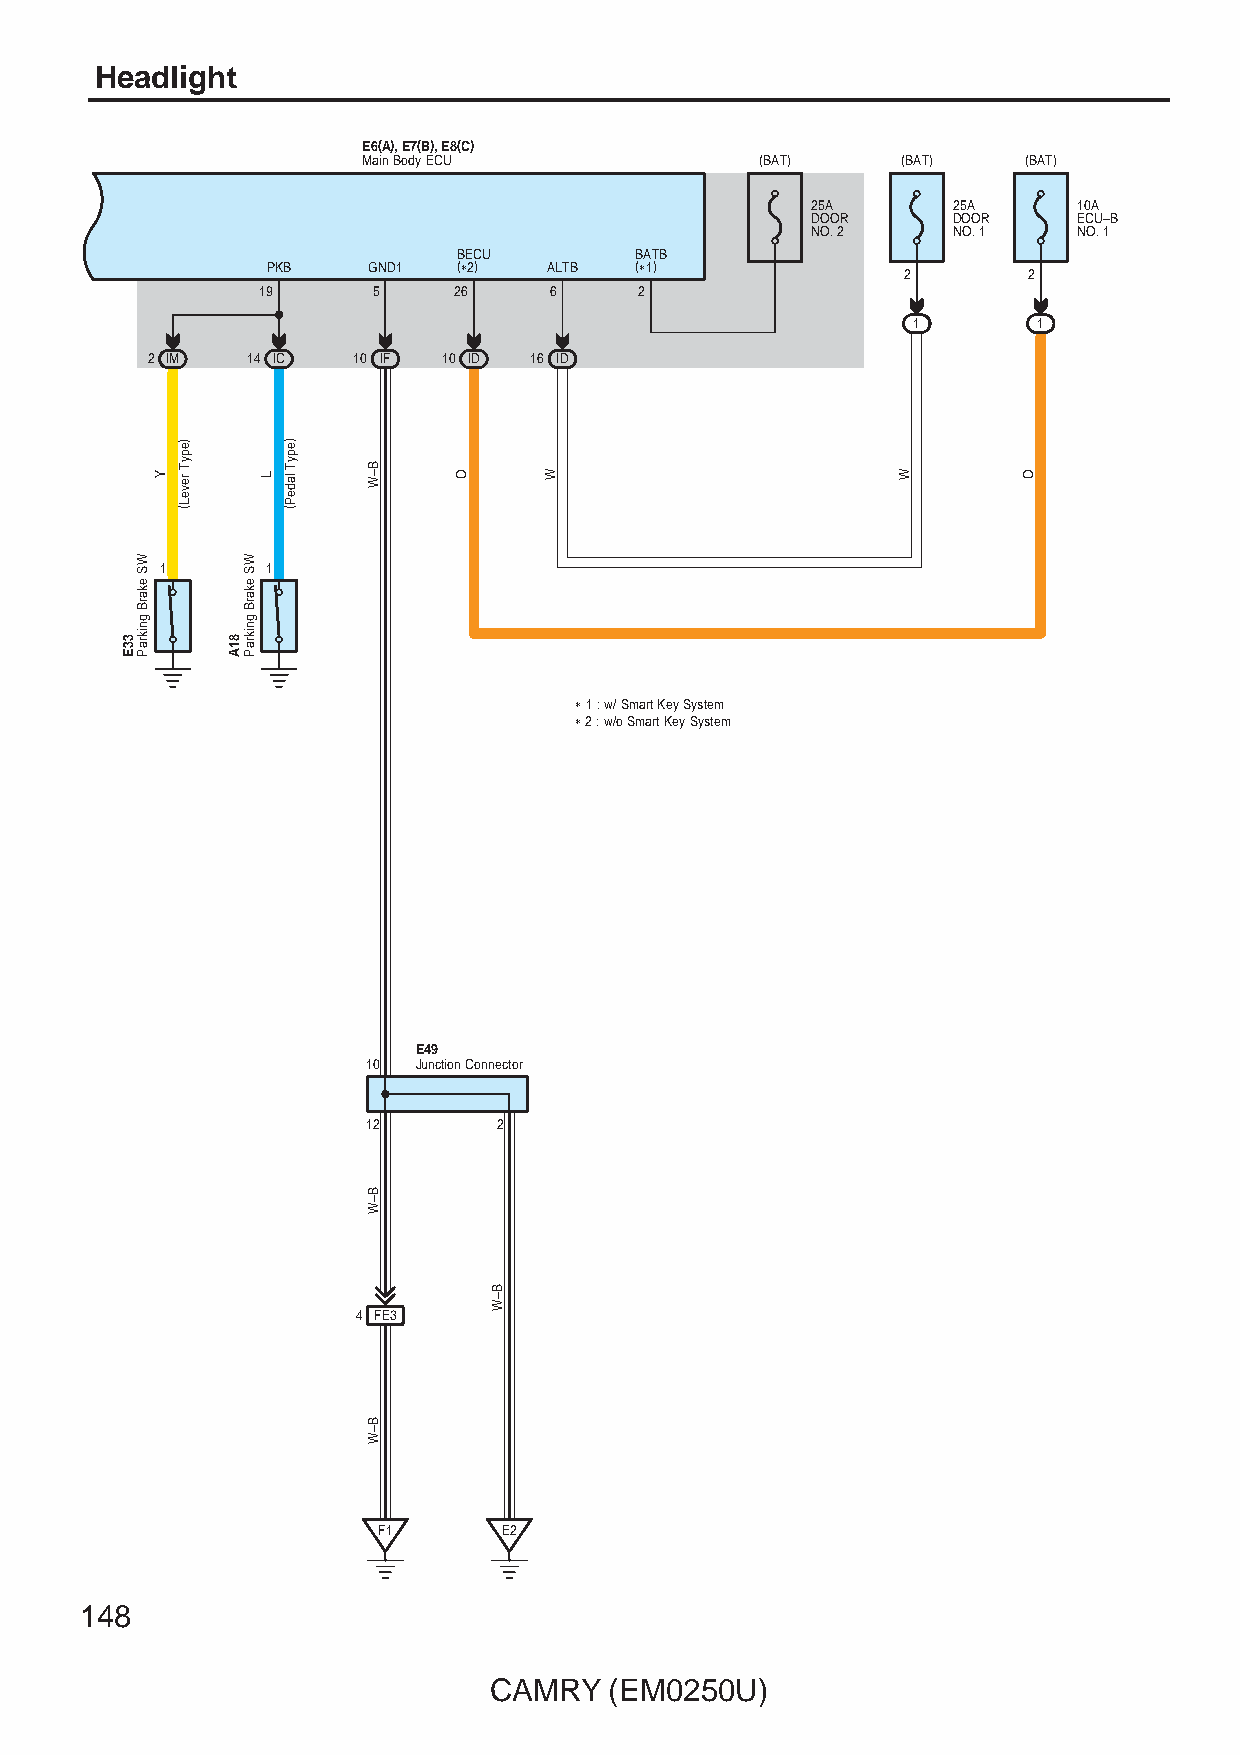
Headlight
 E6(A), E7(B), E8(C)
 Main Body ECU             (BAT)     (BAT)   (BAT)
 25A      25A     10A
 DOOR     DOOR    ECU–B
 NO. 2    NO. 1   NO. 1
 BECU        BATB
 PKB   GND1  (∗2)  ALTB  (∗1)
 2       2
 19      5    26    6     2
 1        1
 2 IM  14 IC  10 IF 10 ID 16 ID
 1      1
 ∗ 1 : w/ Smart Key System
 ∗ 2 : w/o Smart Key System
 E49
 10  Junction Connector
 12       2
 4 FE3
 F1      E2
 148
 CAMRY   (EM0250U)
 33E
 WS
 ekarB
 gnikraP
 Y
 )epyT
 reveL(
 81A
 WS
 ekarB
 gnikraP
 L
 )epyT
 ladeP(
 B–W
 B–W
 B–W
 O
 B–W
 W                      W        O